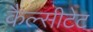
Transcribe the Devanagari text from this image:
कैल्सीटेट